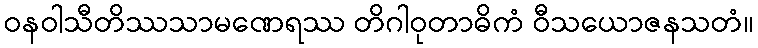
ဝနဝါသီတိဿသာမဏေရဿ တိဂါဝုတာဓိကံ ဝီသယောဇနသတံ။